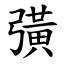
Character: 彉